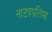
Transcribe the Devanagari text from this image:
नाट्यप्रतिभा